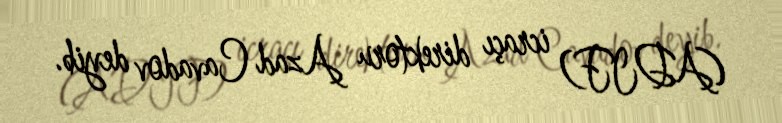
(ADIF) icraçı direktoru Azad Cavadov deyib.